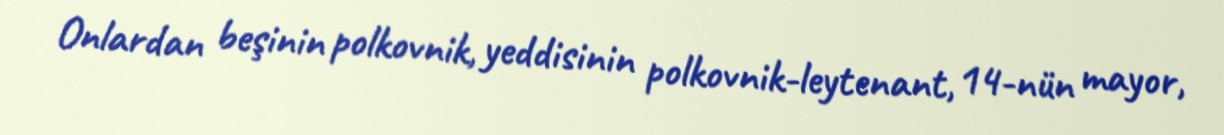
Onlardan beşinin polkovnik, yeddisinin polkovnik-leytenant, 14-nün mayor,